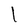
Character: l